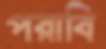
পরাবি